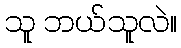
သူ ဘယ်သူလဲ။